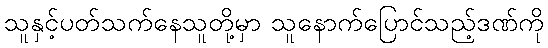
သူနှင့်ပတ်သက်နေသူတို့မှာ သူနောက်ပြောင်သည့်ဒဏ်ကို